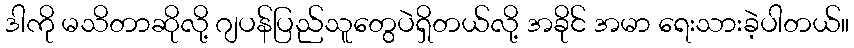
ဒါကို မသိတာဆိုလို့ ဂျပန်ပြည်သူတွေပဲရှိတယ်လို့ အခိုင် အမာ ရေးသားခဲ့ပါတယ်။